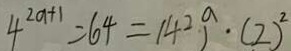
4 ^ { 2 a + 1 } = 6 4 = ( 4 ^ { 2 } ) ^ { a } \cdot ( 2 ) ^ { 2 }